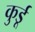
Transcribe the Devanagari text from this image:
कुर्डू